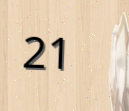
21